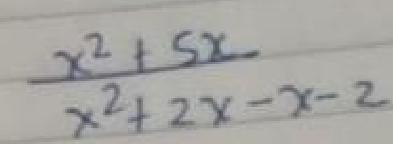
$\frac{x^{2}+5x}{x^{2}+2x - x - 2}$